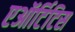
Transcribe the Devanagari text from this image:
एऑर्टिटिस